Annual administration report of the Civil Veterinary Department of India - 1897-1898
Year: 1897
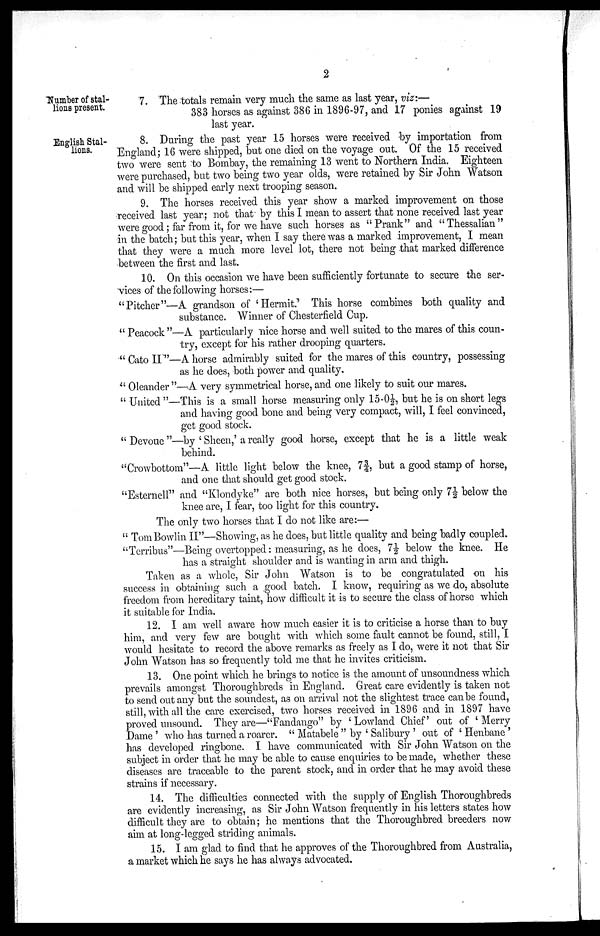
2
Number of stal-
lions present.
7. The totals remain very much the same as last year, viz:—
383 horses as against 386 in 1896-97, and 17 ponies against 19
last year.
English Stal-
lions.
8. During the past year 15 horses were received by importation from
England; 16 were shipped, but one died on the voyage out. Of the 15 received
two were sent to Bombay, the remaining 13 went to Northern India. Eighteen
were purchased, but two being two year olds, were retained by Sir John Watson
and will be shipped early next trooping season.
9. The horses received this year show a marked improvement on those
received last year; not that by this I mean to assert that none received last year
were good; far from it, for we have such horses as "Prank" and "Thessalian"
in the batch; but this year, when I say there was a marked improvement, I mean
that they were a much more level lot, there not being that marked difference
between the first and last.
10. On this occasion we have been sufficiently fortunate to secure the ser-
vices of the following horses:—
"Pitcher"—A grandson of 'Hermit.' This horse combines both quality and
substance. Winner of Chesterfield Cup.
" Peacock "—A particularly nice horse and well suited to the mares of this coun-
try, except for his rather drooping quarters.
" Cato II"—A horse admirably suited for the mares of this country, possessing
as he does, both power and quality.
" Oleander "—A very symmetrical horse, and one likely to suit our mares.
" United "—This is a small horse measuring only 15-0½, but he is on short legs
and having good bone and being very compact, will, I feel convinced,
get good stock.
" Devoue "—by ' Sheen,' a really good horse, except that he is a little weak
behind.
"Crowbottom"—A little light below the knee, 7¾, but a good stamp of horse,
and one that should get good stock.
"Esternell" and "Klondyke" are both nice horses, but being only 7½ below the
knee are, I fear, too light for this country.
The only two horses that I do not like are:—
" Tom Bowlin II"—Showing, as he does, but little quality and being badly coupled.
"Terribus"—Being overtopped: measuring, as he does, 7½ below the knee. He
has a straight shoulder and is wanting in arm and thigh.
Taken as a whole, Sir John Watson is to be congratulated on his
success in obtaining such a good batch. I know, requiring as we do, absolute
freedom from hereditary taint, how difficult it is to secure the class of horse which
it suitable for India.
12. I am well aware how much easier it is to criticise a horse than to buy
him, and very few are bought with which some fault cannot be found, still, I
would hesitate to record the above remarks as freely as I do, were it not that Sir
John Watson has so frequently told me that he invites criticism.
13. One point which he brings to notice is the amount of unsoundness which
prevails amongst Thoroughbreds in England. Great care evidently is taken not
to send out any but the soundest, as on arrival not the slightest trace can be found,
still, with all the care exercised, two horses received in 1896 and in 1897 have
proved unsound. They are—"Fandango" by 'Lowland Chief out of 'Merry
Dame ' who has turned a roarer. " Matabele " by ' Salibury ' out of ' Henbane'
has developed ringbone. I have communicated with Sir John Watson on the
subject in order that he may be able to cause enquiries to be made, whether these
diseases are traceable to the parent stock, and in order that he may avoid these
strains if necessary.
14. The difficulties connected with the supply of English Thoroughbreds
are evidently increasing, as Sir John Watson frequently in his letters states how
difficult they are to obtain; he mentions that the Thoroughbred breeders now
aim at long-legged striding animals.
15. I am glad to find that he approves of the Thoroughbred from Australia,
a market which he says he has always advocated.